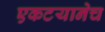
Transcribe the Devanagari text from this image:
एकटयानेच